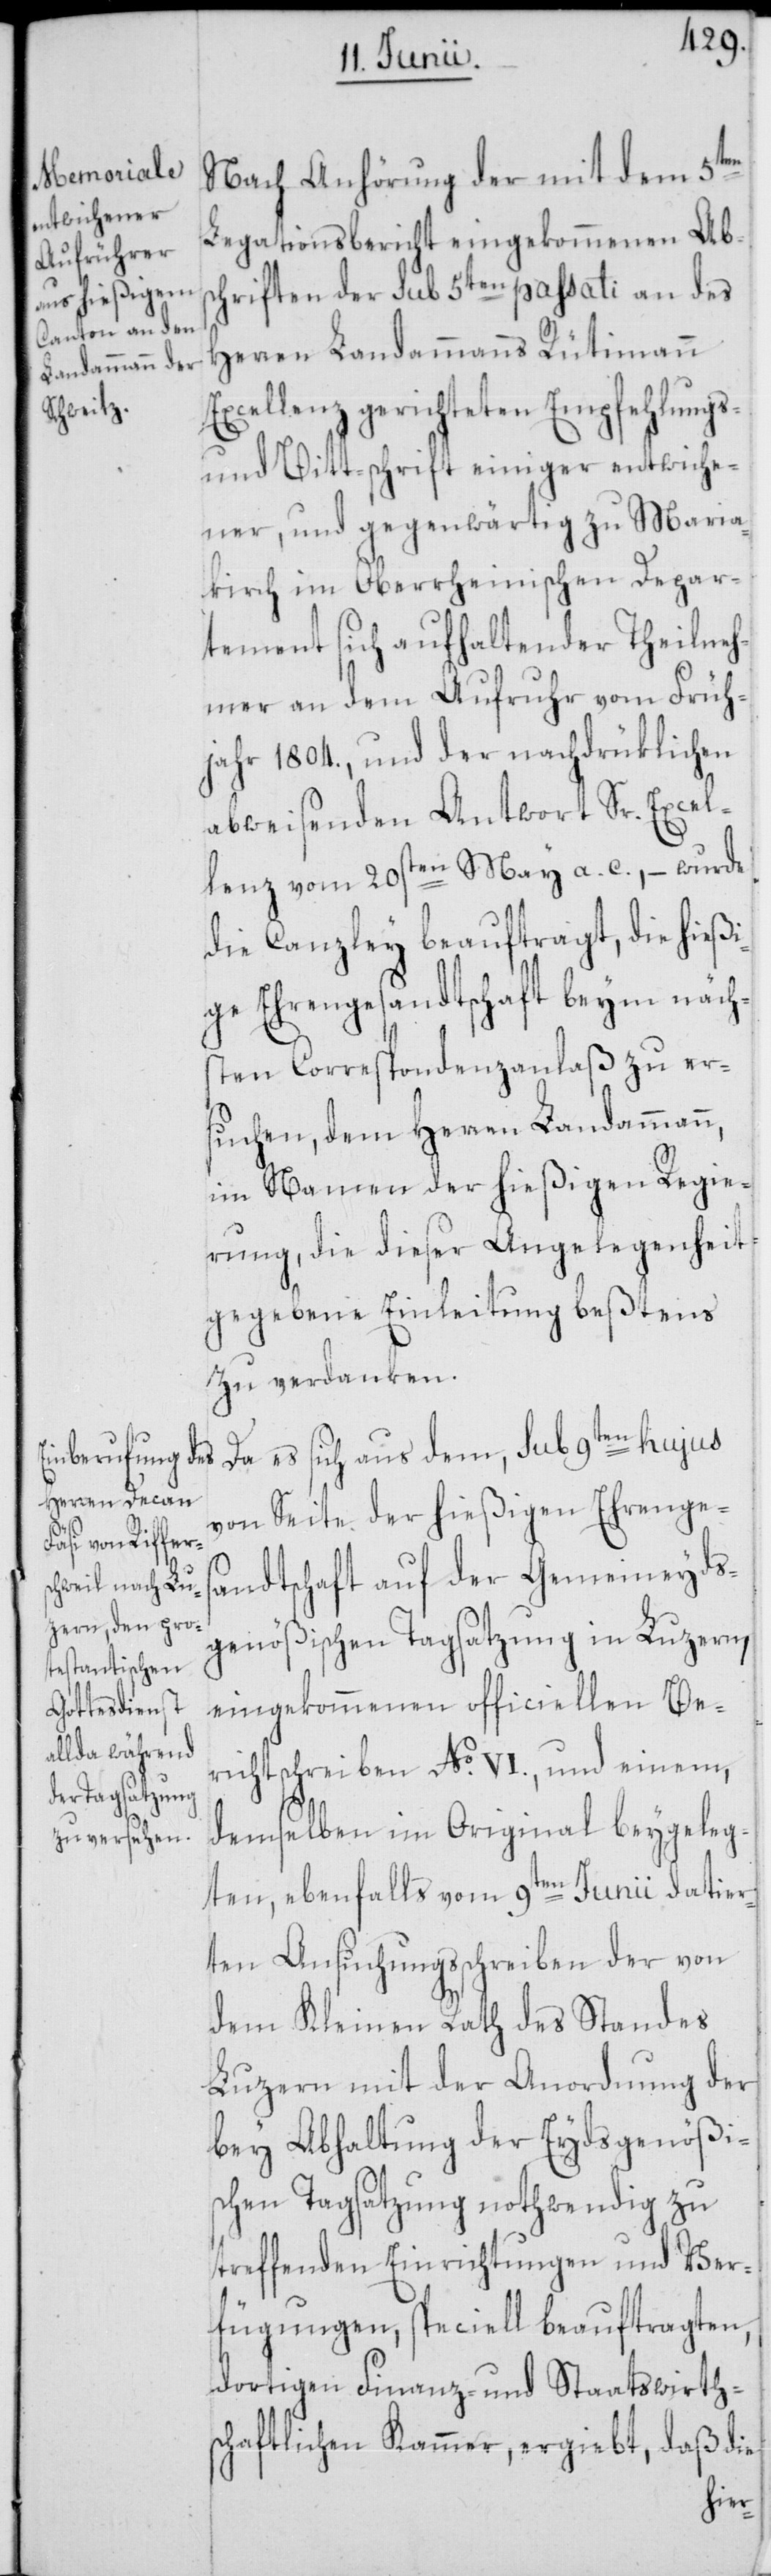
Nach Anhörung der mit dem 5ten
Legationsbericht eingekommenen Abs¬
chriften der sub 5ten passati an des
Herren Landammanns Rütimann
Excellenz gerichteten Empfehlungs-
und Bitt-schrift einiger entwiche¬
ner, und gegenwärtig zu Maria¬
kirch im Oberrheinischen Depar¬
tement sich aufhaltender Theilneh¬
mer an dem Aufruhr vom Früh¬
jahr 1804., und der nachdrüklichen
abweisenden Antwort Sr. Excel¬
lenz vom 20sten May a. c., – wurde
die Canzley beauftragt, die hießi¬
ge Ehrengesandtschaft beym näch¬
sten Correspondenzanlaß zu er¬
suchen, dem Herren Landammann,
im Namen der hießigen Regie¬
rung, die dieser Angelegenheit¬
gegebene Einleitung beßtens
zu verdanken.
Da es sich aus dem, sub 9ten hujus
von Seite der hießigen Ehrenges¬
andtschaft auf der Gemeineyds¬
genößischen Tagsatzung in Luzern,
eingekommenen officiellen Be¬
richtschreiben No. VI, und einem,
demselben im Original beygeleg¬
ten, ebenfalls vom 9ten Junii datier¬
ten Ansuchungsschreiben der von
dem Kleinen Rath des Standes
Luzern mit der Anordnung der
bey Abhaltung der Eydsgenößi¬
schen Tagsatzung nothwendig zu
treffenden Einrichtungen und Ver¬
fügungen, speciell beauftragten,
dortigen Finanz- und Staatswirth¬
schaftlichen Kammer, ergiebt, daß die